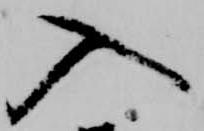
入